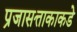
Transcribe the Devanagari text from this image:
प्रजासत्ताकाकडे